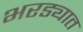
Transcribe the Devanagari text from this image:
भरड्यात